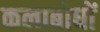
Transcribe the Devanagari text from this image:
कलाबोधों